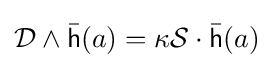
{\mathcal {D}}\wedge {\bar {\mathsf {h}}}(a)=\kappa {\mathcal {S}}\cdot {\bar {\mathsf {h}}}(a)